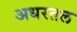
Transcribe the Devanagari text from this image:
अधरतल